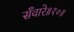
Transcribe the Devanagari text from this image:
सँवारे॥१०॥